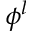
\phi ^ { l }